Vaccination North-Western Provinces and Oudh 1878-1895 - 1878-1895
Year: 1878
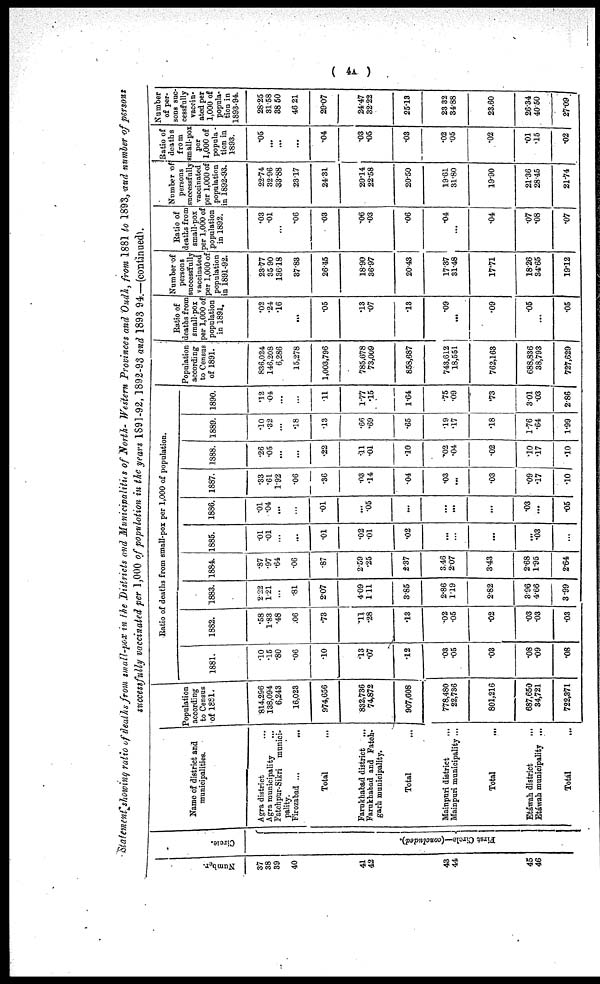
( 4A )
Statement showing ratio of deaths from small-pox in the Districts and Municipalities of North. Western Provinces and Oudh, from 1881 to 1893, and number of persons
successfully vaccinated per 1,000 of population in the years 1891-92, 1892-93 and 1893-94.—(continued).
Number.
37
38
39
40
41
42
43
44
45
46
Circle.
First Circle—(concluded).
Name of district and
municipalities.
Agra district ...
Agra municipality ...
Fatchpur-Sikri munici-
pality.
Firozabad ... ...
Total ...
Farukhabad district ...
Farukhabad and Fateh¬
garh municipality.
Total ...
Mainpuri district
...
Mainpuri municipality ...
Total ...
Etáwah district
...
Etáwah municipality ...
Total ...
Population
according
to Census
of 1881.
814,296
138,094
6,243
16,023
974,656
832,736
74,872
907,608
778,480
22,736
801,216
687,650
34,721
722,371
Ratio of deaths from small-pox per 1,000 of population.
1881.
.10
.15
.80
.06
.10
.13
.07
.12
.03
.05
.03
.08
.09
.08
1882.
.58
1.83
.48
.06
.73
.11
.28
.13
.02
.05
.02
.03
.03
.03
1883.
2.22
1.21
...
.81
2.07
4.09
1.11
3.85
2.86
1.19
2.82
3.96
4.66
3.99
1884.
.87
.97
.64
.06
.87
2.59
.25
2.37
3.46
2.07
3.43
2.68
1.95
2.64
1885.
.01
.01
...
...
.01
.02
.01
.02
...
...
...
...
.03
...
1886.
.01
.04
...
...
.01
...
.05
...
...
...
...
.03
...
.05
1887.
.33
.61
1.92
.06
.36
.03
.14
.04
.03
...
.03
.09
.17
.10
1888.
.26
.05
...
...
.22
.11
.01
.10
.02
.04
.02
.10
.17
.10
1889.
.10
.32
...
.18
.13
.66
.69
.65
.19
.17
.18
1.76
.64
1.99
1890.
.12
.04
...
...
.11
1.77
.15
1.64
.75
.09
.73
3.01
.03
2.86
Population
according
to Census
of 1891.
836,024
146,208
6,286
15,278
1,003,796
785,678
73,009
858,687
743,612
18,551
762,163
688,836
38,793
727,629
Ratio of
deaths from
small-pox
per 1,000 of
population
in 1891.
.02
.24
.16
...
.05
.13
.07
.13
.09
...
.09
.05
...
.05
Number of
persons
successfully
vaccinated
per 1,000 of
population
in 1891.92.
23.77
35.90
136.18
87.83
26.45
18.90
36.97
20.43
17.37
31.48
17.71
18.26
34.65
19.12
Ratio of
deaths from
small-pox
per 1,000 of
population
in 1892.
.03
.01
...
.06
.03
.06
.03
.06
.04
...
.04
.07
.08
.07
Number of
persons
successfully
vaccinated
per 1,000 of
population
in 1892.93,
22.74
32.96
33.88
23.17
24.31
20.14
22.58
20.50
19.61
31.80
19.90
21.36
28.45
21.74
Ratio of
deaths
from
small-pox
per
1,000 of
popula¬
tion in
1893.
.05
...
...
...
.04
.03
.05
.03
.02
.05
.02
.01
.15
.02
Number
of per-
sons suc-
cessfully
vaccin-
ated per
1,000 of
popula-
tion in
1893.94.
28.25
81.58
38.50
46.21
29.07
24.47
32.22
25.13
23.32
34.88
23.60
26.34
40.50
27.09